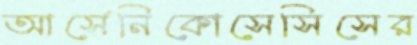
আর্সেনিকোসেসিসের